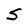
Character: S